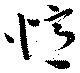
憶